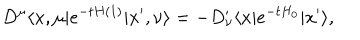
D ^ { \mu } \langle x , \mu | e ^ { - t H ( 1 ) } | x ^ { \prime } , \nu \rangle = - D _ { \nu } ^ { \prime } \langle x | e ^ { - t H _ { 0 } } | x ^ { \prime } \rangle ,